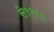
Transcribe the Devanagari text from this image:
से१९९०